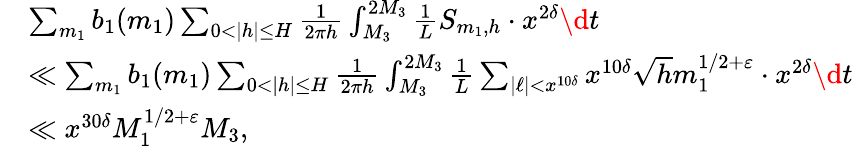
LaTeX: \begin{array}{rl}&{\sum_{m_{1}}b_{1}(m_{1})\sum_{0<|h|\le H}\frac{1}{2\pi h}\int_{M_{3}}^{2M_{3}}\frac{1}{L}S_{m_{1},h}\cdot x^{2\delta}\d t}\\ &{\ll\sum_{m_{1}}b_{1}(m_{1})\sum_{0<|h|\le H}\frac{1}{2\pi h}\int_{M_{3}}^{2M_{3}}\frac{1}{L}\sum_{|\ell|<x^{10\delta}}x^{10\delta}\sqrt{h}m_{1}^{1/2+\varepsilon}\cdot x^{2\delta}\d t}\\ &{\ll x^{30\delta}M_{1}^{1/2+\varepsilon}M_{3},}\end{array}